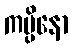
ကပ္ပိနော